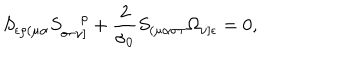
LaTeX: S _ { \epsilon \rho ( \mu \alpha } S _ { \sigma \tau \nu ] } ^ { ~ \rho } + \frac { 2 } { \sigma _ { 0 } } S _ { ( \mu \alpha \sigma \tau } \Omega _ { \nu ] \epsilon } = 0 ,